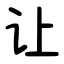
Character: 让